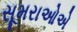
સૂમરાઓએ